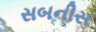
સબનીસ